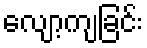
လျော့ကျခြင်း